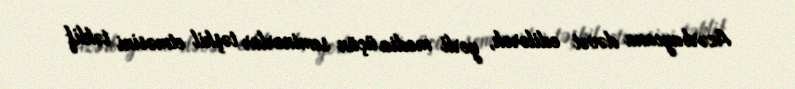
Azərbaycana dəvət edilərək, yerli media üçün seminarlar təşkil etməsini təklif